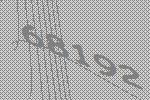
68192